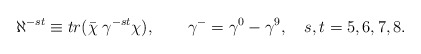
\begin{align*}\aleph^{- st} \equiv tr(\bar \chi \; \gamma^{-st} \chi) , \qquad\gamma^{-} = \gamma^0 - \gamma^{9}, \quad s,t=5,6,7,8.\end{align*}